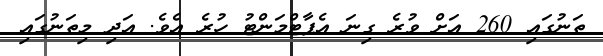
ތަނުގައި 260 އަށް ވުރެ ގިނަ އެޕާޓްމަންޓު ހުރެ އެވެ. އަދި މިތަނުގައި